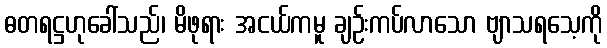
ဓတရဋ္ဌဟုခေါ်သည်၊ မိဖုရား အငယ်ကမူ ချဉ်းကပ်လာသော ဗျာသရသေ့ကို